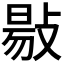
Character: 𢾙